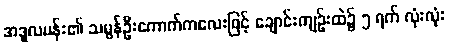
အဒူလမန်း၏ သမွန်ဦးကောက်ကလေးဖြင့် ချောင်းကျဉ်းထဲ၌ ၅ ရက် လုံးလုံး